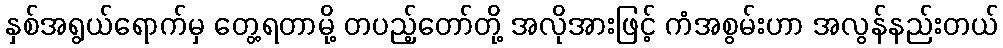
နှစ်အရွယ်ရောက်မှ တွေ့ရတာမို့ တပည့်တော်တို့ အလိုအားဖြင့် ကံအစွမ်းဟာ အလွန်နည်းတယ်